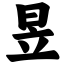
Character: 昱